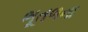
ભૂતળના